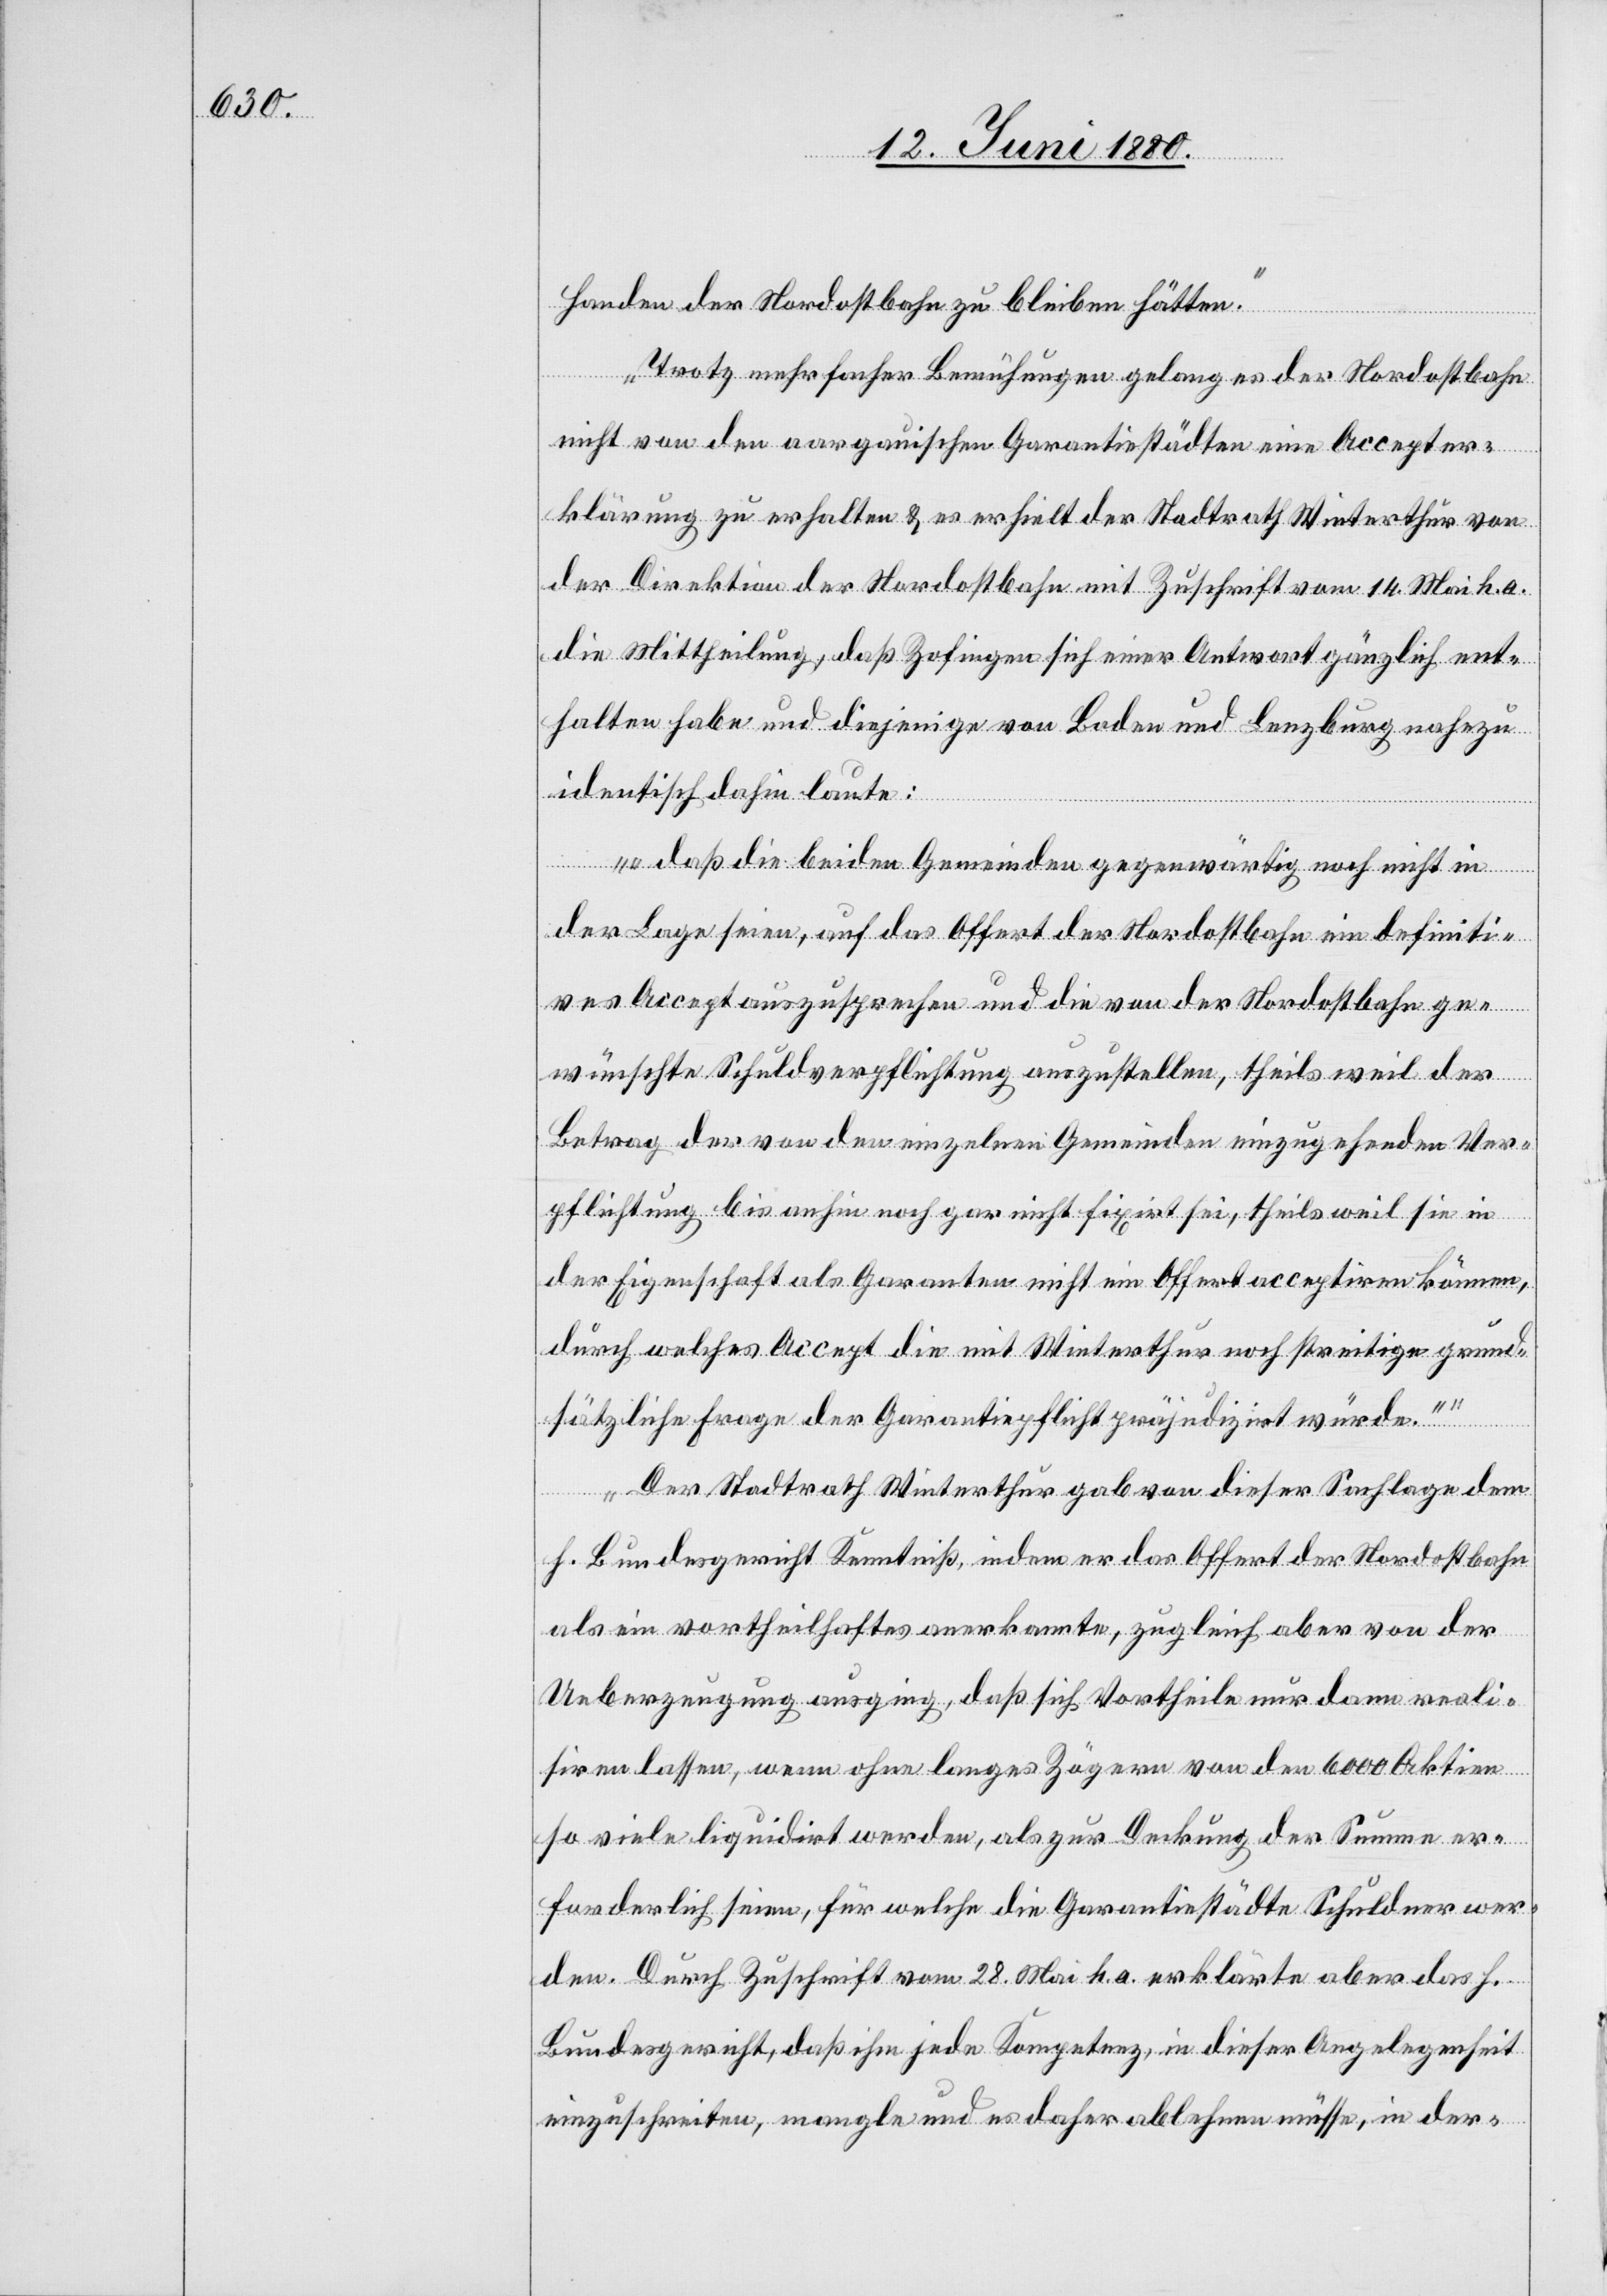
Handen der Nordostbahn zu bleiben hätten.
Trotz mehrfacher Bemühungen gelang es der Nordostbahn
nicht von den aargauischen Garantiestädten eine Accepter¬
klärung zu erhalten & es erhielt der Stadtrath Winterthur von
der Direktion der Nordostbahn mit Zuschrift vom 14. Mai k. a.
die Mittheilung, daß Zofingen sich einer Antwort gänzlich ent¬
halten habe und diejenige von Baden und Lenzburg nahezu
identisch dahin laute:
„daß die beiden Gemeinden gegenwärtig noch nicht im
der Lage seien, auf das Offert der Nordostbahn ein definiti¬
ves Accept auszusprechen und die von der Nordostbahn ge¬
wünschte Schuldverpflichtung auszustellen, theils weil der
Betrag der von den einzelnen Gemeinden einzugehenden Ver¬
pflichtung bis anhin noch gar nicht fixirt sei, theils weil sie in
der Eigenschaft als Garanten nicht ein Offert acceptiren können,
durch welches Accept die mit Winterthur noch streitige grund¬
sätzliche Frage der Garantiepflicht präjudizirt würde.“
Der Stadtrath Winterthur gab von dieser Sachlage dem
h. Bundesgericht Kenntniß, indem er das Offert der Nordostbahn
als ein vortheilhaftes anerkannte, zugleich aber von der
Ueberzeugung ausging, daß sich Vortheile nur dann reali¬
siren lassen, wenn ohne langes Zögern von den 6000 Aktien
so viele liquidirt werden, als zur Deckung der Summe er¬
forderlich seien, für welche die Garantiestädte Schuldner wer¬
den. Durch Zuschrift vom 28. Mai k. a. erklärte aber das h.
Bundesgericht, daß ihm jede Kompetenz, in dieser Angelegenheit
einzuschreiten, mangle und es daher ablehnen müsse, in der-